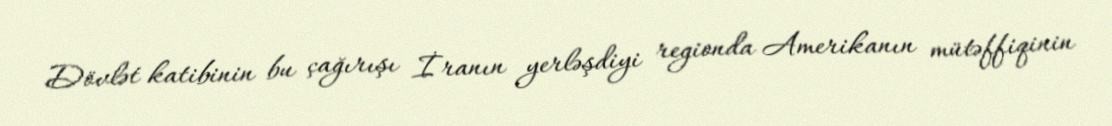
Dövlət katibinin bu çağırışı İranın yerləşdiyi regionda Amerikanın mütəffiqinin